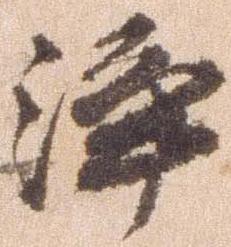
浄